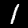
Digit: 1